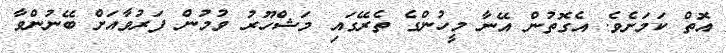
އޮތް ކަމަށެވެ. އެގޮތުން އޭނާ މީހުންގެ ތެރޭގައި މަޝްހޫރު ވުމުން ފަރުވާއަށް ބޭނުންވާ